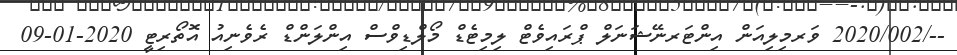
--/2020/002 ވަރމިލިއަން އިންޓަރނޭޝަނަލް ޕްރައިވެޓް ލިމިޓެޑް މޯލްޑިވްސް އިންލަންޑް ރެވެނިއު އޮތޯރިޓީ 2020-01-09